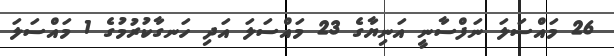
26 މައްސަލަ ނަފްސާނީ އަނިޔާގެ 23 މައްސަލަ އަދި ހަނގާކުރުމުގެ 1 މައްސަލަ